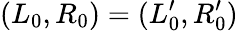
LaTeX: (L_{0},R_{0})=(L_{0}^{\prime},R_{0}^{\prime})